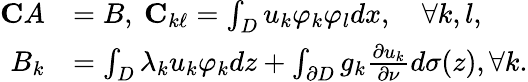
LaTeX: \begin{array}{rl}{{\mathbf C}A}&{=B,~{\mathbf C}_{k\ell}=\int_{D}u_{k}\varphi_{k}\varphi_{l}dx,\quad\forall k,l,}\\ {B_{k}}&{=\int_{D}\lambda_{k}u_{k}\varphi_{k}dz+\int_{\partial D}g_{k}\frac{\partial u_{k}}{\partial\nu}d\sigma(z),\forall k.}\end{array}